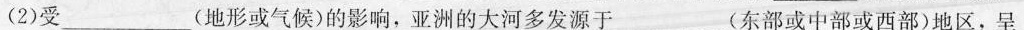
(2)受___(地形或气候)的影响，亚洲的大河多发源于___(东部或中部或西部)地区，呈